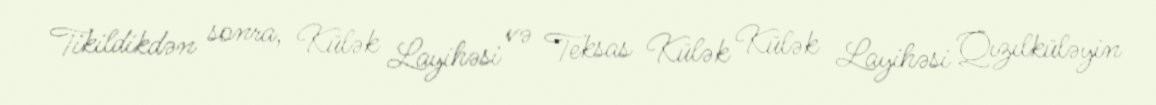
Tikildikdən sonra, Külək Layihəsi və Teksas Külək Külək Layihəsi Qızılküləyin